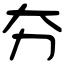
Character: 夯